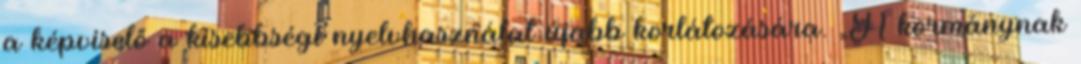
a képviselő a kisebbségi nyelvhasználat újabb korlátozására. „A kormánynak